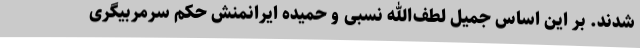
شدند. بر این اساس جمیل لطف‌الله نسبی و حمیده ایرانمنش حکم سرمربیگری